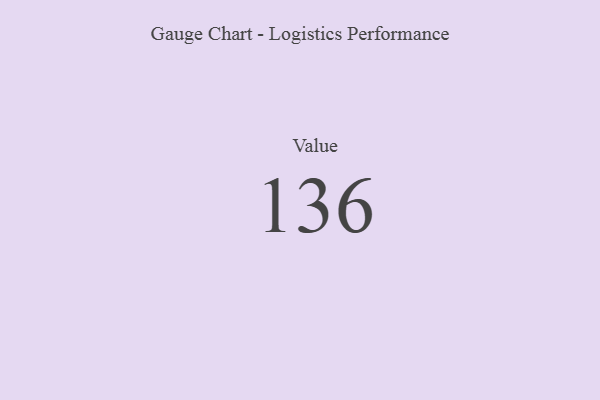
{"axis": {"x": "Metric", "y": "Value"}, "legend": [""], "data": [{"x": "Value", "y": 136, "type": ""}]}